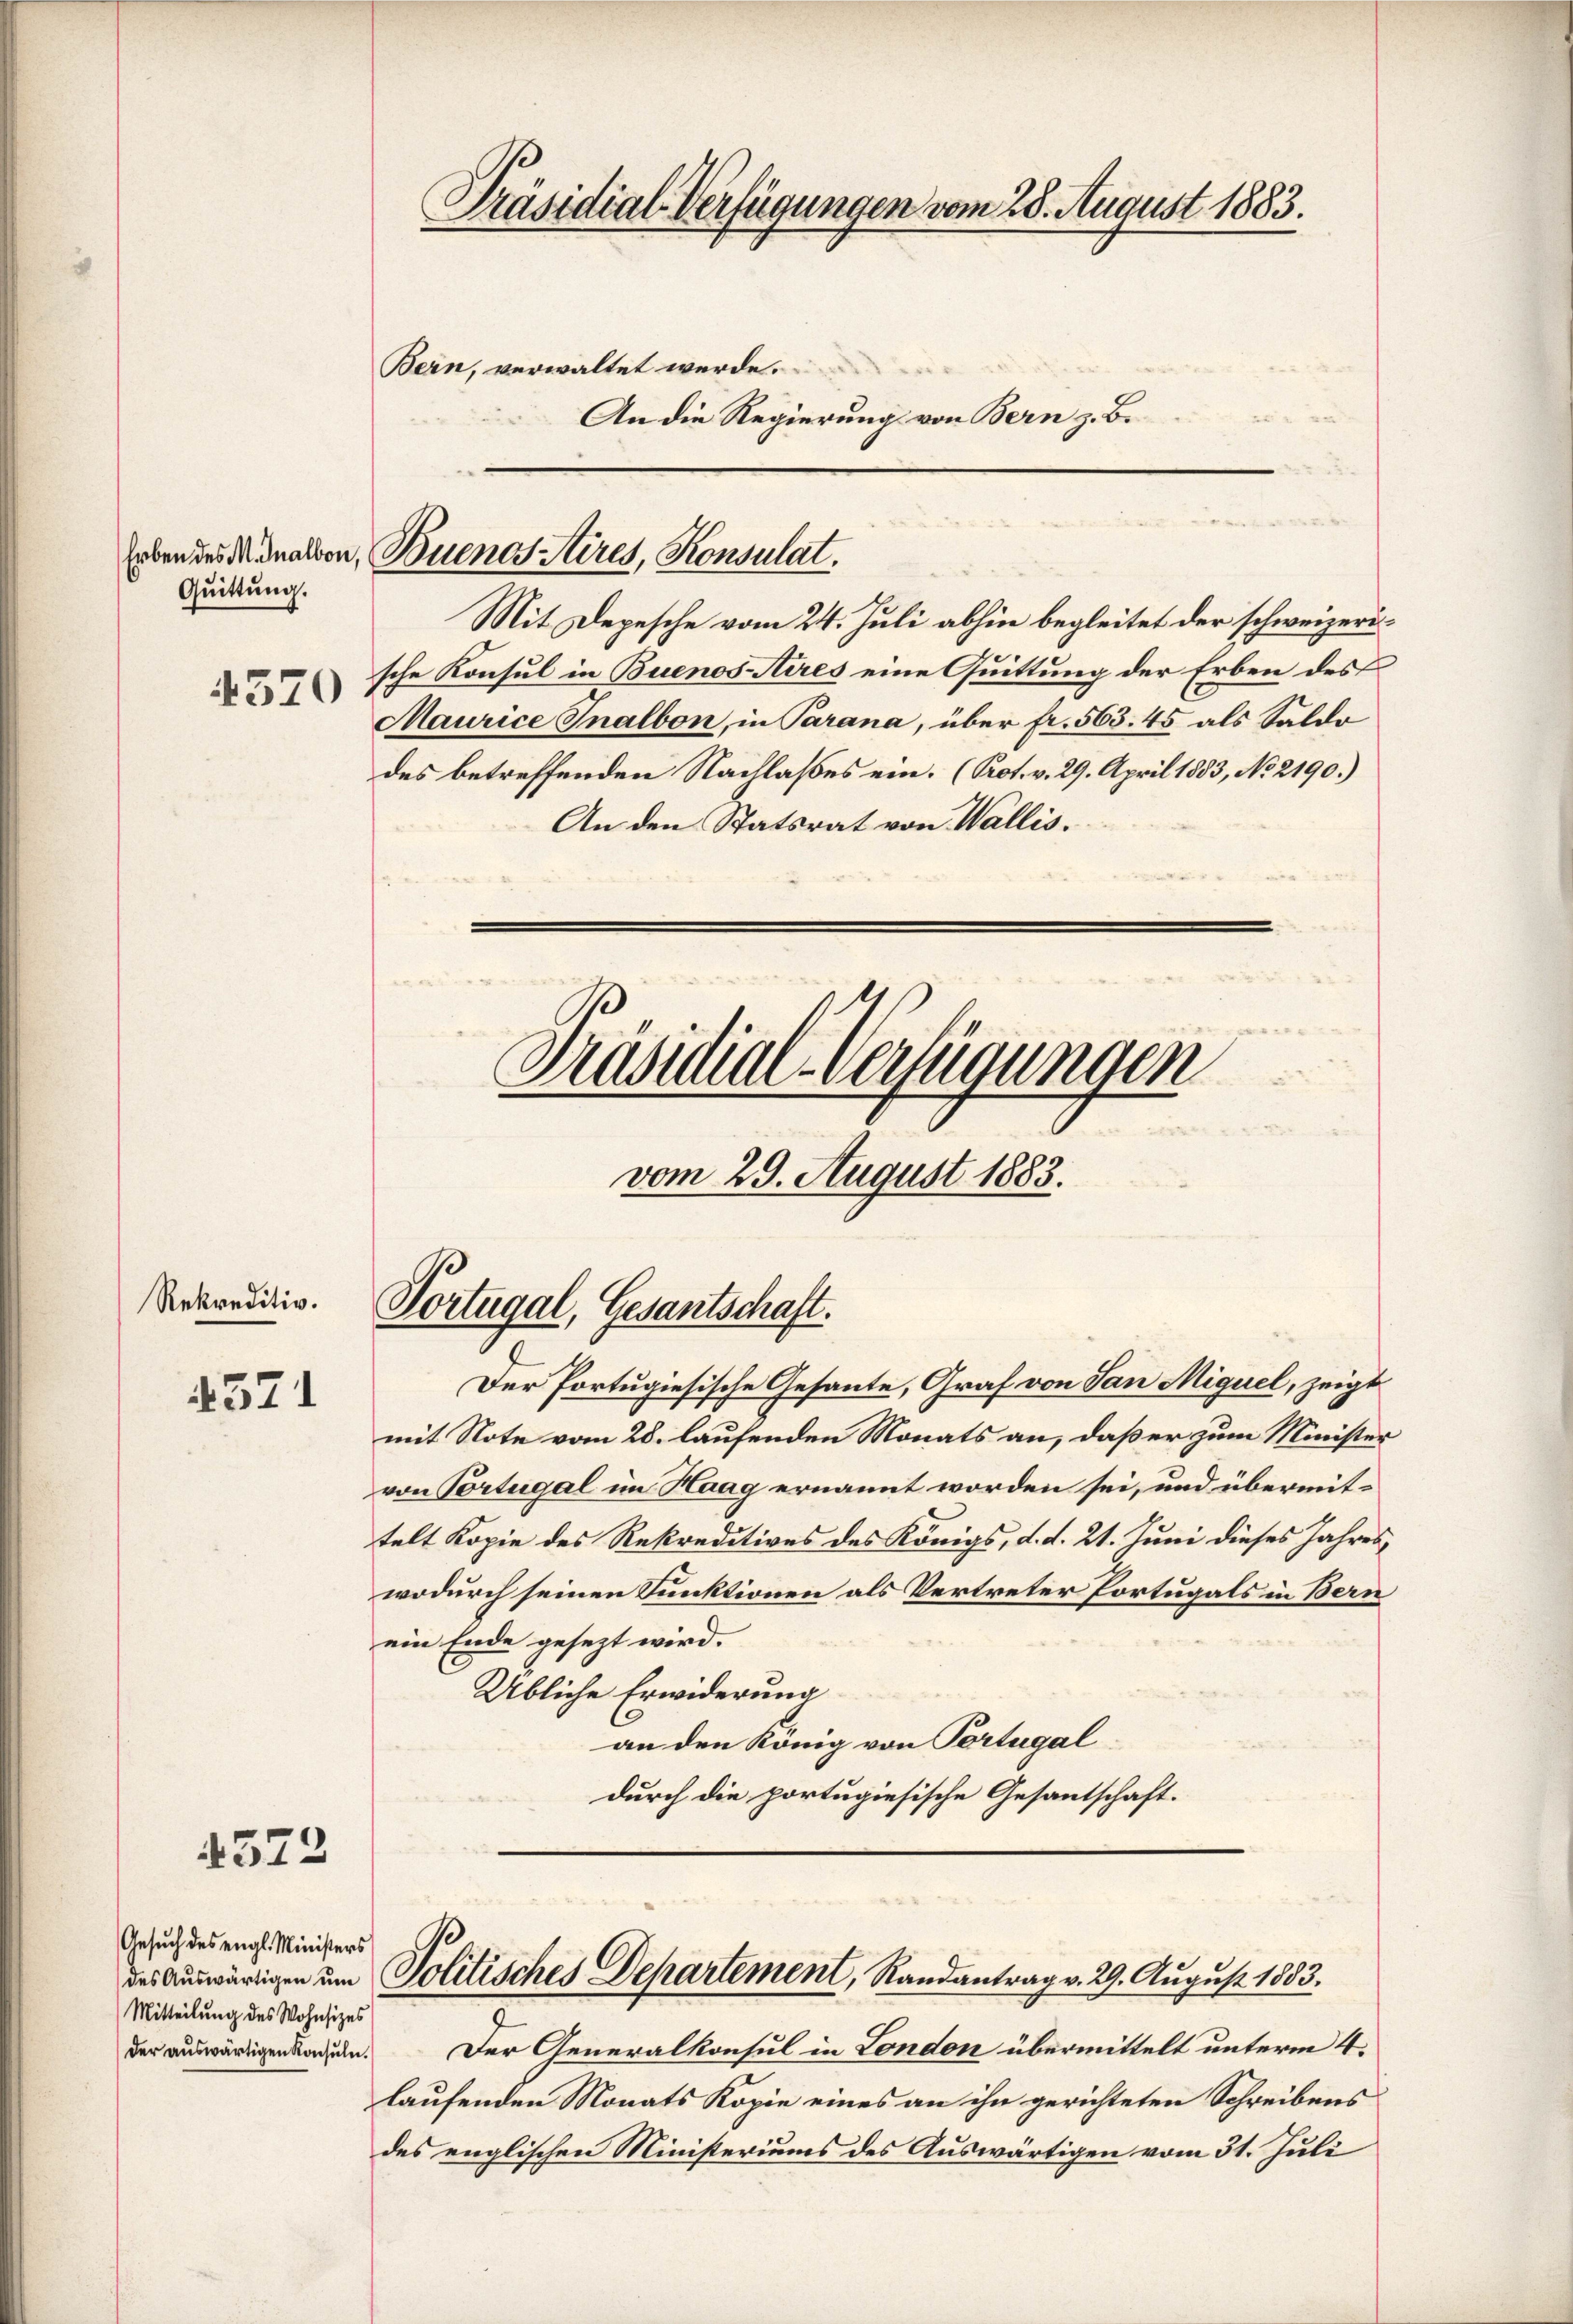
Quittung.
4570

Rekreditiv.

4571

4573

Gesuch des engl. Ministers
Mitteilung des Wohnsitzes
der aŭswärtigen Konsŭln.

Präsidial-Verfügungen vom 28. August 1883.
Bern, verwaltet werde.
t
An die Regierung von Bern z. B.

Erben des Monation, Buenos Aires, Konsulat.

Mit Depesche vom 24. Juli abhin begleitet der schweizerische Konsul in Buenos-Aires eine Quittung der Erben des
Maurice Inalbon, in Parana, über fr. 563. 45 als Saldo
des betreffenden Nachlaßes ein. (Kot. v. 29. April 1883, No. 2190.)
An den Statsrat von Wallis.

Präsidial-Verfügungen

vom 29. August 1883.

Portugal, Gesantschaft.

Der Portugiesische Gesante, Graf von San Miguel, zeigt
mit Note vom 28. laufenden Monats an, daß er zum Minister
von Portugal im Haag ernannt worden sei, und übermittelt Kopie des Rekreditives des Königs, d. d. 21. Juni dieses Jahres,
wodurch seinen Funktionen als Vertreter Portugals in Bern
ein Ende gesezt wird.
Übliche Erwiderung
an den König von Portugal
durch die portugiesische Gesantschaft.

des Auswärtigen um Politisches Departement, Randantrag v. 29. August 1883.

Der Generalkonsul in London übermittelt unterm 4.
laufenden Monats Kopie eines an ihn gerichteten Schreibens
des englischen Ministeriums des Auswärtigen vom 31. Juli